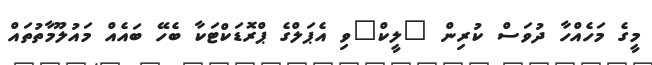
މީގެ މަހެއްހާ ދުވަސް ކުރިން "ލީކް"ވި އެޕަލްގެ ޕްރޮޑަކްޓަކާ ބެހޭ ބައެއް މައުލޫމާތުތައް